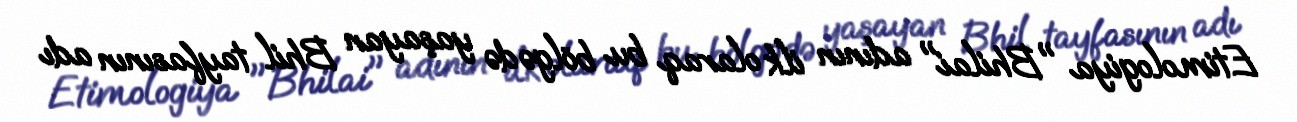
Etimologiya "Bhilai" adının ilk olaraq bu bölgədə yaşayan Bhil tayfasının adı